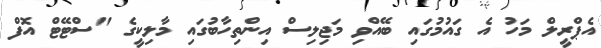
އެޕްރީލް މަހު އެ ގައުމުގައި ބޭއްވި މަޖިލިސް އިންތިހާބުގައި މާލިކީގެ "ސްޓޭޓް އޮފް